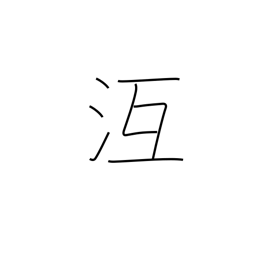
Meaning: freeze over